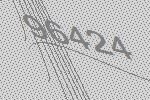
96424